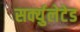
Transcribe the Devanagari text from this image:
सर्क्युलेटेड